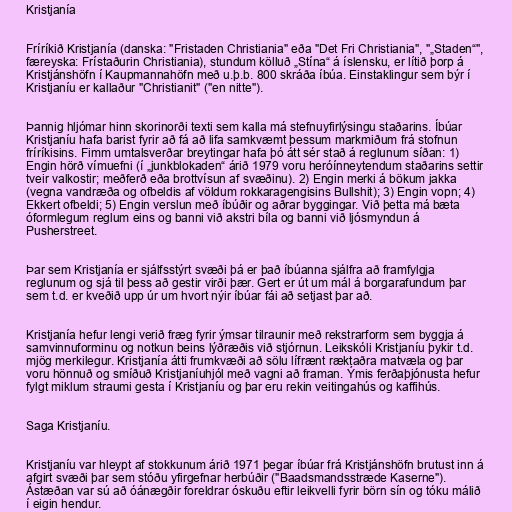
Kristjanía

Fríríkið Kristjanía (danska: "Fristaden Christiania" eða "Det Fri Christiania", "„Staden“",
færeyska: Frístaðurin Christiania), stundum kölluð „Stína“ á íslensku, er lítið þorp á
Kristjánshöfn í Kaupmannahöfn með u.þ.b. 800 skráða íbúa. Einstaklingur sem býr í
Kristjaníu er kallaður "Christianit" ("en nitte").

Þannig hljómar hinn skorinorði texti sem kalla má stefnuyfirlýsingu staðarins. Íbúar
Kristjaníu hafa barist fyrir að fá að lifa samkvæmt þessum markmiðum frá stofnun
fríríkisins. Fimm umtalsverðar breytingar hafa þó átt sér stað á reglunum síðan: 1)
Engin hörð vímuefni (í „junkblokaden“ árið 1979 voru heróínneytendum staðarins settir
tveir valkostir; meðferð eða brottvísun af svæðinu). 2) Engin merki á bökum jakka
(vegna vandræða og ofbeldis af völdum rokkaragengisins Bullshit); 3) Engin vopn; 4)
Ekkert ofbeldi; 5) Engin verslun með íbúðir og aðrar byggingar. Við þetta má bæta
óformlegum reglum eins og banni við akstri bíla og banni við ljósmyndun á
Pusherstreet.

Þar sem Kristjanía er sjálfsstýrt svæði þá er það íbúanna sjálfra að framfylgja
reglunum og sjá til þess að gestir virði þær. Gert er út um mál á borgarafundum þar
sem t.d. er kveðið upp úr um hvort nýir íbúar fái að setjast þar að.

Kristjanía hefur lengi verið fræg fyrir ýmsar tilraunir með rekstrarform sem byggja á
samvinnuforminu og notkun beins lýðræðis við stjórnun. Leikskóli Kristjaníu þykir t.d.
mjög merkilegur. Kristjanía átti frumkvæði að sölu lífrænt ræktaðra matvæla og þar
voru hönnuð og smíðuð Kristjaníuhjól með vagni að framan. Ýmis ferðaþjónusta hefur
fylgt miklum straumi gesta í Kristjaníu og þar eru rekin veitingahús og kaffihús.

Saga Kristjaníu.

Kristjaníu var hleypt af stokkunum árið 1971 þegar íbúar frá Kristjánshöfn brutust inn á
afgirt svæði þar sem stóðu yfirgefnar herbúðir ("Baadsmandsstræde Kaserne").
Ástæðan var sú að óánægðir foreldrar óskuðu eftir leikvelli fyrir börn sín og tóku málið
í eigin hendur.